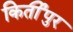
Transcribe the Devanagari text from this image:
किर्तीपुर